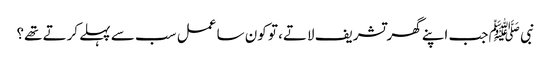
نبی ﷺ جب اپنے گھر تشریف لاتے، تو کون سا عمل سب سے پہلے کرتے تھے؟